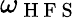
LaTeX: \omega_{\mathrm{~H~F~S~}}